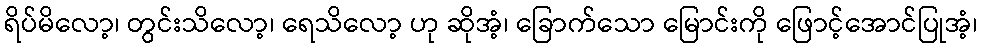
ရိပ်မိလော့၊ တွင်းသိလော့၊ ရေသိလော့ ဟု ဆိုအံ့၊ ခြောက်သော မြောင်းကို ဖြောင့်အောင်ပြုအံ့၊